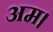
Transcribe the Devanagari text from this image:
अम।